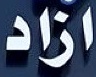
ازاد